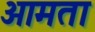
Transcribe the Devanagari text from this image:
आमता